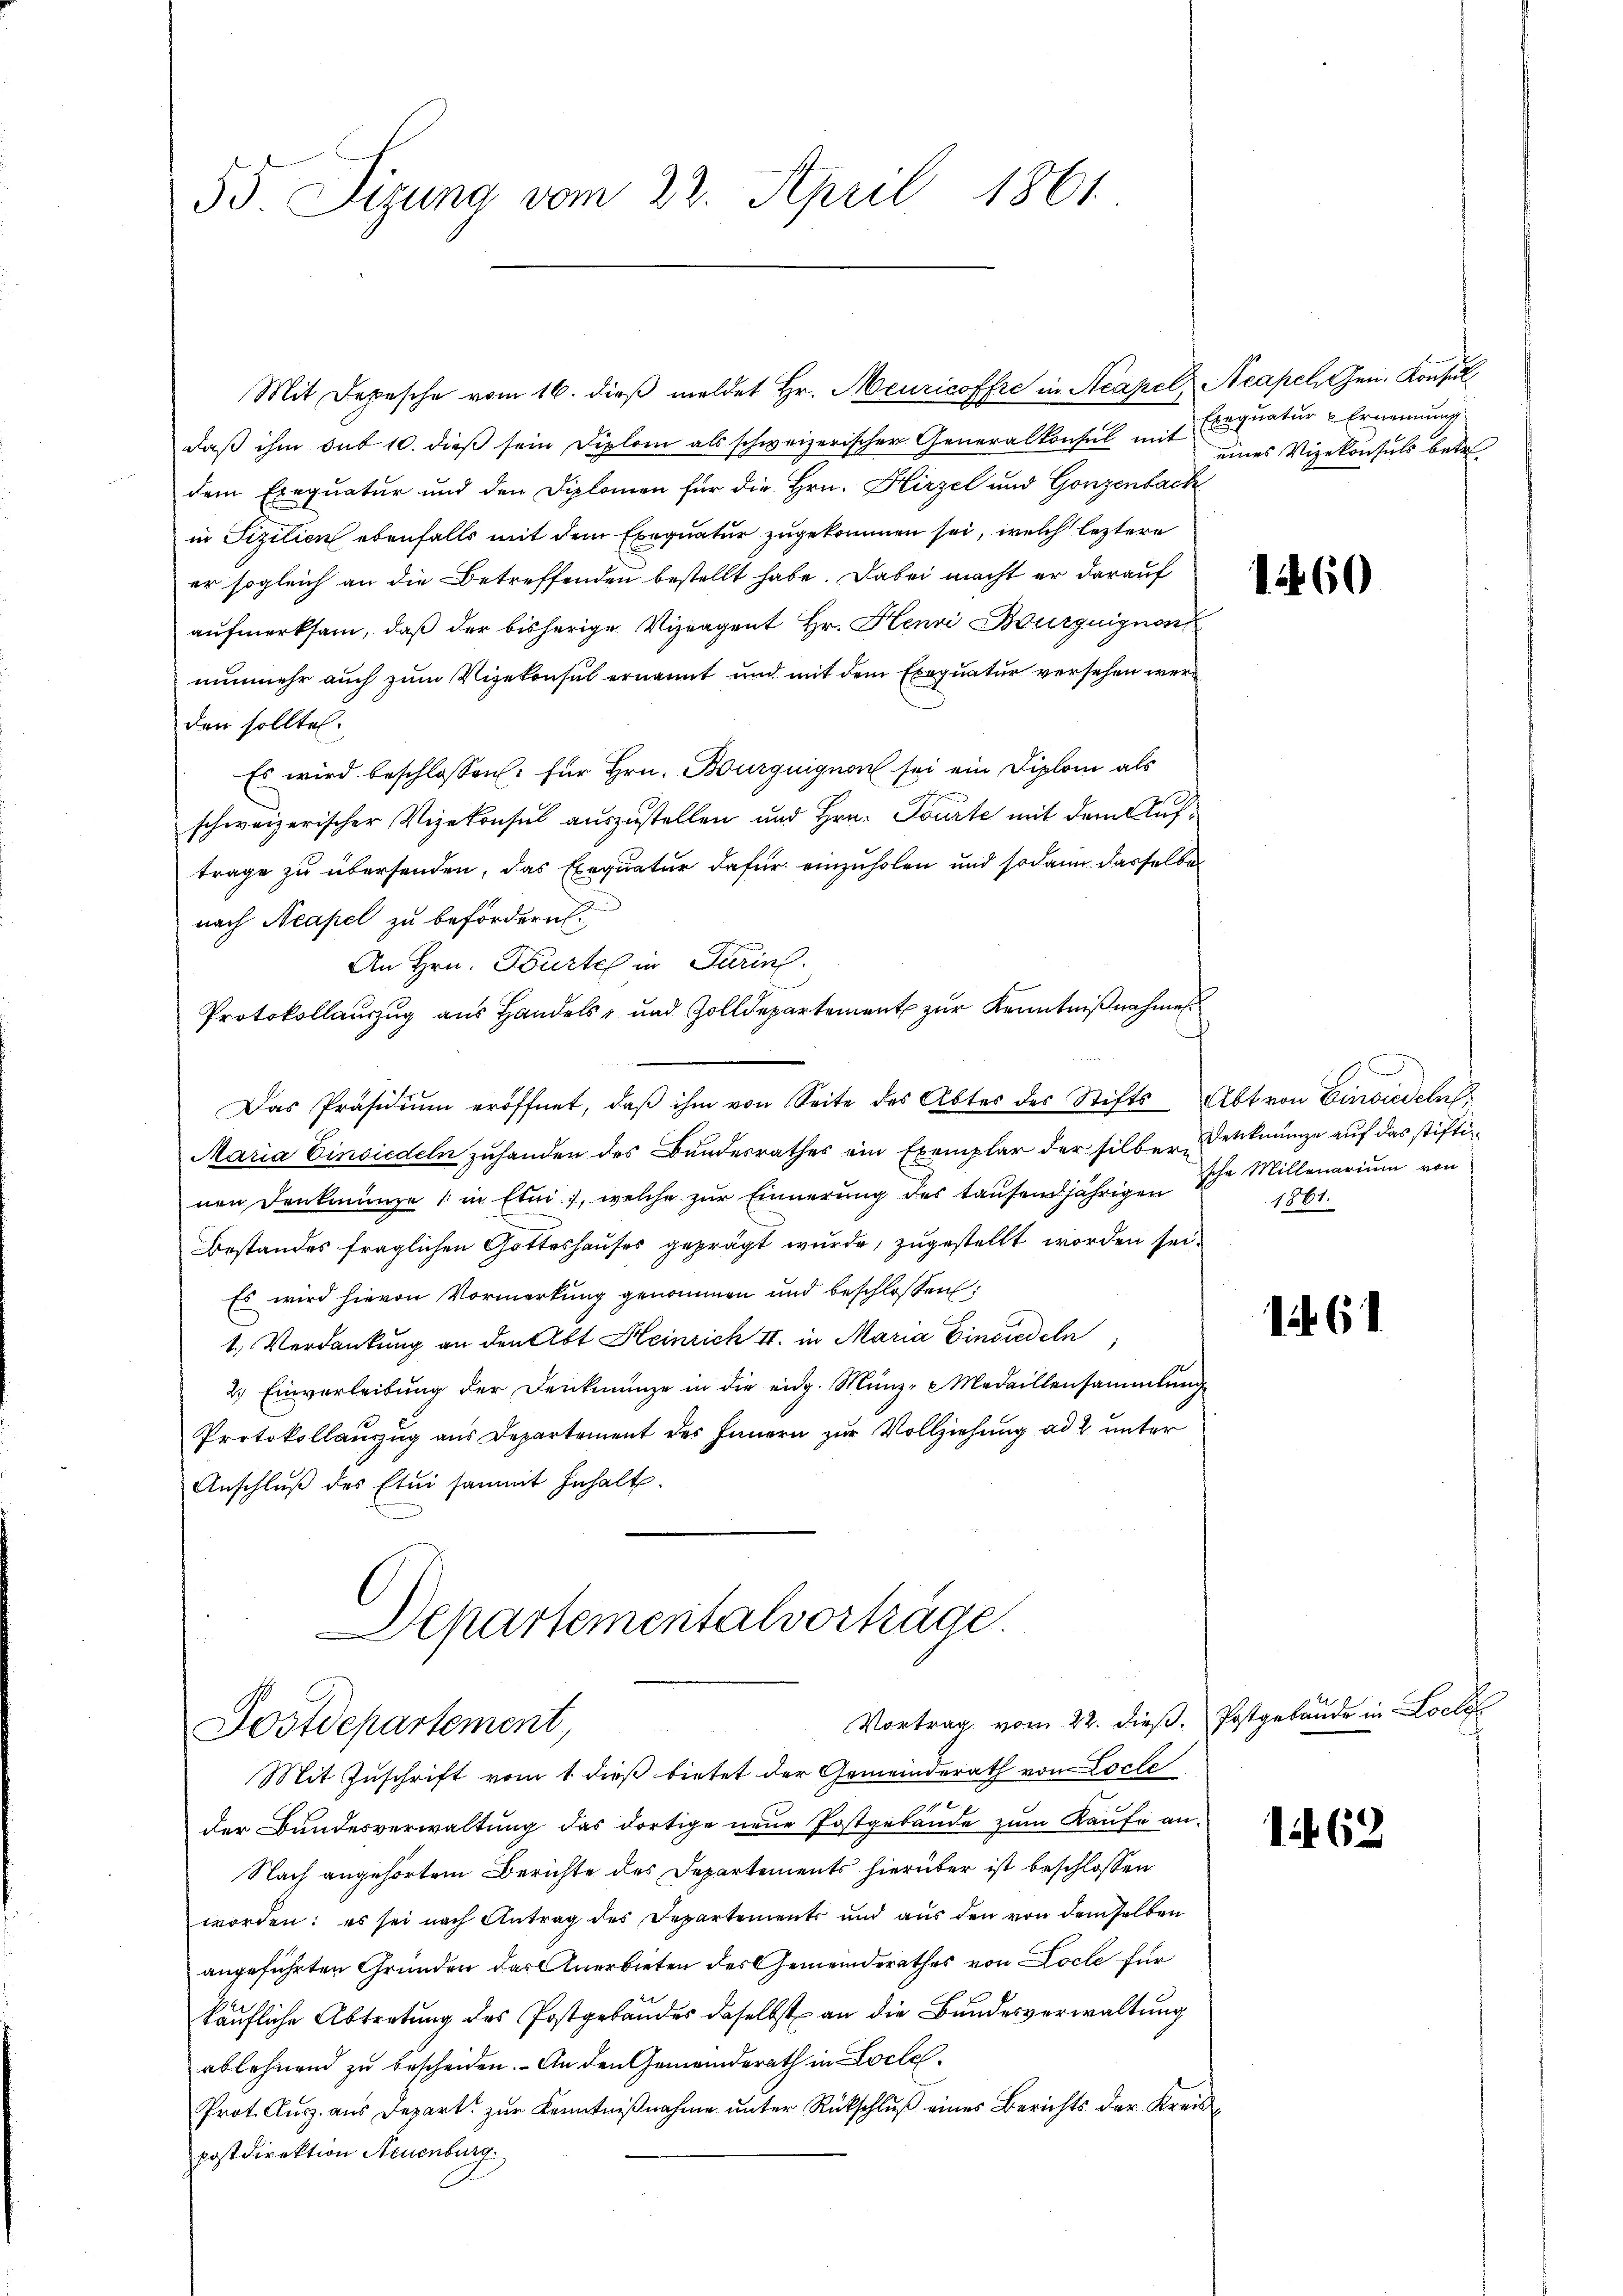
55 Sizung vom 22. April 1861.

Mit Depesche vom 16. dieβ meldet Hr. Meuricoffre in Acapel Neapel Gen. Konsul
daß ihm sub 10. dieß sein Diplom als schweizerischer Generalkonsul mit Exequatur - Ernennung
dem Exequatur und den Diplomen für die Hrn. Hirzel und Gonzenbach
in Fizilien ebenfalls mit dem Exequatur zugekommen sei, welch leztere
er sogleich an die Betreffenden bestellt habe. Dabei macht er darauf
aŭfmerksam, daß der bisherige Vizeagent Hr. Henri Burguignon
nunmehr auch zum Vizekonsul ernannt und mit dem Exequatur versehen werd
den sollte.
Es wird beschlossen: für Hrn. Burguignon sei ein Diplom als
schweizerischer Vizekonsul auszustellen und Hrn. Tourte mit dem Auftrage zu übersenden, das Exequatur dafür einzuholen und sodann dasselbe
nach Neapel zu befördern.
An Hrn. Würtel in Turins
Protokollauszug aus Handels- und Zolldepartement zur Kenntnißnahmen
Das Präsidiŭm eröffnet, daβ ihm von Seite des Abter der Stifts Abt von Einsiedeln
Maria Einsiedeln zuhanden des Bundesrathes ein Exemplar der silber Denkmünze auf das stiftinen Denkmünze 1 in Etni.), welche zŭr Einnerung des tausendjährigen Ihr Millenarium von
Bestandes fraglichen Gotteshauses geprägt wurde, zugestellt worden sei.
Es wird hievon Vormerkung genommen und beschlossen:
1. Verdankung an den Abt. Heinrich 4. in Maria Einsiedeln,
2.) Einverleitung der Denkmünze in die eidg. Münz- Medaillensammlung
Protokollauszug aus Departement des Innern zur Vollziehung ad 2 unter
Anschlŭβ des Etui sammt Inhalt.

Vortrag vom 22. dieβ. Postgebäude in Loels
Mit Zuschrift vom 1. dieß bietet der Gemeinderath von Locle
 x
der Bundesverwaltung das dortige neue Postgebäude zum Kaufe an¬
Nach angehörtem Berichte des Departements hierüber ist beschlossen
worden: es sei nach Antrag des Departements und aus den von demselben
angeführten Gründen das Anerbieten des Gemeinderathes von Loche für
käufliche Abtretung des Postgebäudes daselbst an die Bundesverwaltung
ablehnend zu bescheiden. - An den Gemeinderath in Loche¬
Prot. Aŭsz. aŭs Depart zŭr Kenntniβnahme ŭnter Rückschlŭβ eines Berichts der Kreispostdirektion Neuenburg.

Departementalvorträge.
Postdepartement,

eines Vizekonsuls betr.

1260

1861.

1 61

163